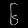
Digit: ၆